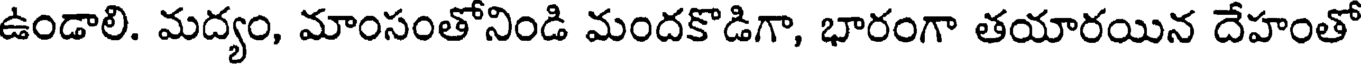
ఉండాలి. మద్యం, మాంసంతోనిండి మందకొడిగా, భారంగా తయారయిన దేహంతో